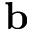
\mathbf { b }